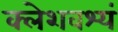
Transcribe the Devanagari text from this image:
क्लेशवश्यं